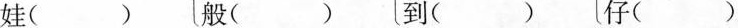
娃（ ） 般（ ）到（ ） 仔（ ）